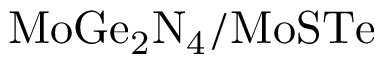
\mathrm { M o G e _ { 2 } N _ { 4 } / M o S T e }